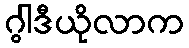
ဂွါဒီယိုလာက